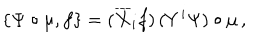
LaTeX: \left\{ \Psi \circ \mu , f \right\} = ( \overline { { X } } _ { i } f ) \, ( Y ^ { i } \Psi ) \circ \mu \, ,